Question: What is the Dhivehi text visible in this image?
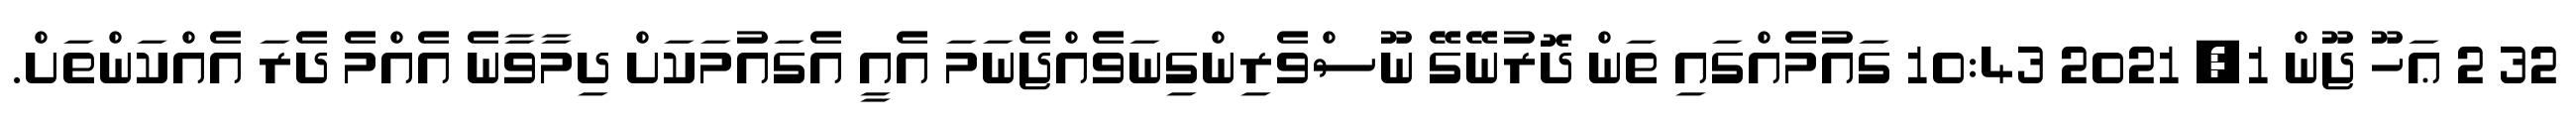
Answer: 32 2 ޢަހޫ ޖޫން 1, 2021 10:43 ގައުމެއްގައި ތަން ދޮރުނޭގޭ ނޫސްވެރިންގިނަވެއްޖެނަމަ އެއީ އެގައުމަކަށް ދިމާވާނެ އެއްމެ ދެރަ އެއްކަންތަށް.